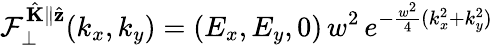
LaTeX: \mathcal{F}_{\perp}^{\hat{\mathbf{K}}\parallel\hat{\mathbf{z}}}(k_{x},k_{y})=(E_{x},E_{y},0)\, w^{2}\, e^{-\frac{w^{2}}{4}(k_{x}^{2}+k_{y}^{2})}